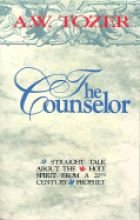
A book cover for The Counselor: Straight Talk about the Holy Spirit from a 20th Century Prophet; A. W. Tozer; Christian Books & Bibles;